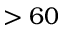
> 6 0